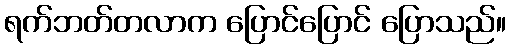
ရက်ဘတ်တလာက ပြောင်ပြောင် ပြောသည်။